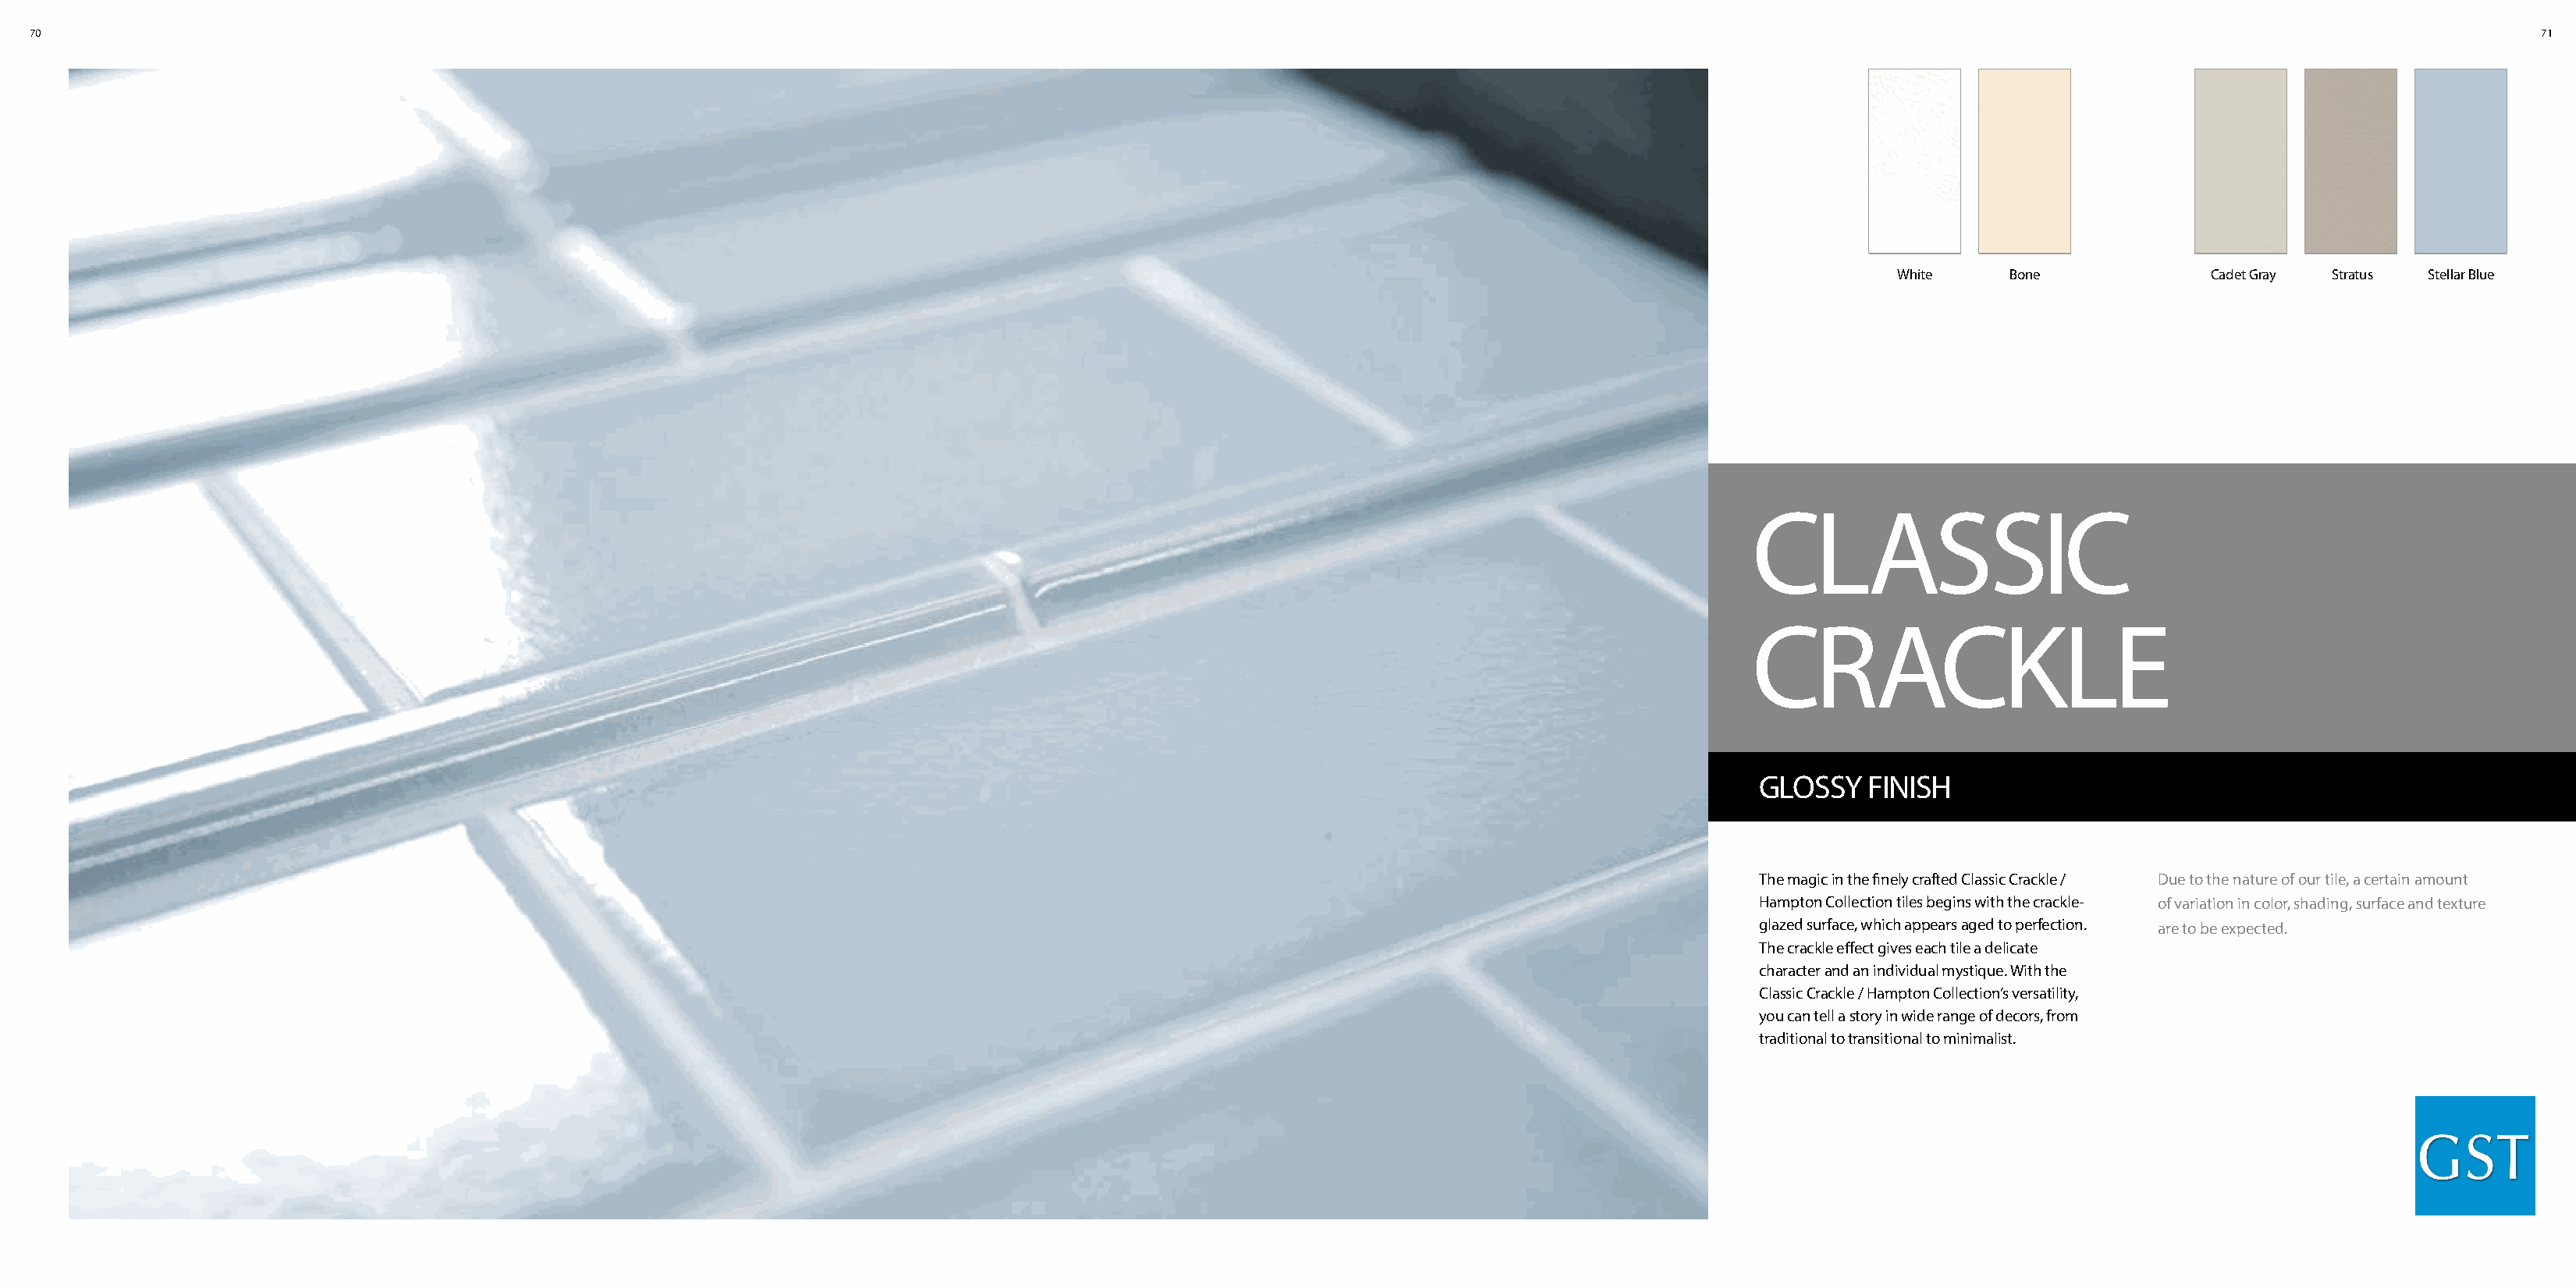
70                                                                                                                                                                                                                   71
 White    Bone             Cadet Gray Stratus Stellar Blue
 CLASSIC
 CRACKLE
 GLOSSY   FINISH
 The magic in the finely crafted Classic Crackle / Due to the nature of our tile, a certain amount
 Hampton Collection tiles begins with the crackle- of variation in color, shading, surface and texture
 glazed surface, which appears aged to perfection. are to be expected.
 The crackle effect gives each tile a delicate
 character and an individual mystique. With the
 Classic Crackle / Hampton Collection’s versatility,
 you can tell a story in wide range of decors, from
 traditional to transitional to minimalist.